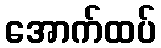
အောက်ထပ်